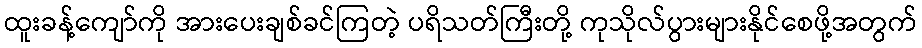
ထူးခန့်ကျော်ကို အားပေးချစ်ခင်ကြတဲ့ ပရိသတ်ကြီးတို့ ကုသိုလ်ပွားများနိုင်စေဖို့အတွက်